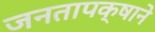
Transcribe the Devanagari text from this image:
जनतापक्षाने